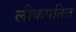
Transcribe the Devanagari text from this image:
लीकपतित